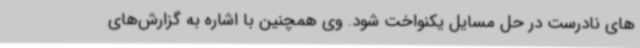
های نادرست در حل مسایل یکنواخت شود. وی همچنین با اشاره به گزارش‌های